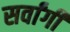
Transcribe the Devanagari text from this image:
सर्वांगीं